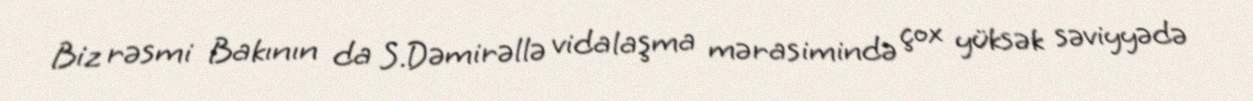
Biz rəsmi Bakının da S.Dəmirəllə vidalaşma mərasimində çox yüksək səviyyədə